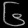
Digit: ၆